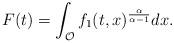
LaTeX: \begin{align*}F(t) = \int_{\mathcal{O}} f_1(t,x)^{\frac{\alpha}{\alpha -1}} dx .\end{align*}